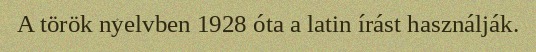
A török nyelvben 1928 óta a latin írást használják.